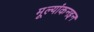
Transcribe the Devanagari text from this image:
मूल्यांकनइन